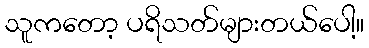
သူကတော့ ပရိသတ်များတယ်ပေါ့။